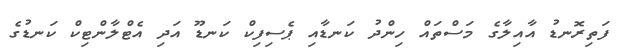
ފަތިރޮނޑު އާއިލާގެ މަސްތައް ހިންދު ކަނޑާއި ޕެސިފިކް ކަނޑޫ އަދި އެޓްލާންޓިކް ކަނޑުގެ